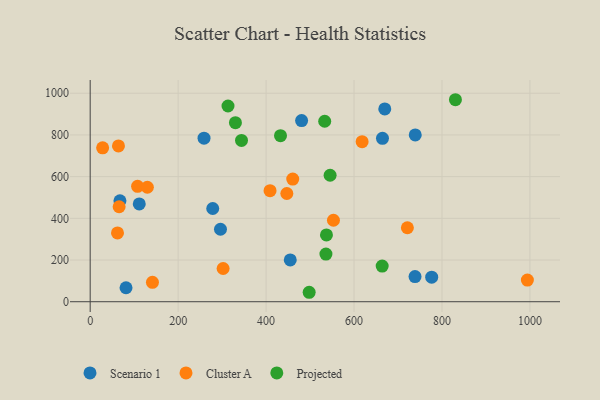
{"axis": {"x": "Distance", "y": "Salary"}, "legend": ["Cluster A", "Projected", "Scenario 1"], "data": [{"x": "81.5", "y": 67.0, "type": "Scenario 1"}, {"x": "480.8", "y": 868.8, "type": "Scenario 1"}, {"x": "111.6", "y": 469.3, "type": "Scenario 1"}, {"x": "739.2", "y": 799.9, "type": "Scenario 1"}, {"x": "669.9", "y": 924.8, "type": "Scenario 1"}, {"x": "738.7", "y": 120.8, "type": "Scenario 1"}, {"x": "258.9", "y": 784.6, "type": "Scenario 1"}, {"x": "278.7", "y": 447.2, "type": "Scenario 1"}, {"x": "67.7", "y": 484.0, "type": "Scenario 1"}, {"x": "455.0", "y": 200.4, "type": "Scenario 1"}, {"x": "664.7", "y": 783.9, "type": "Scenario 1"}, {"x": "296.3", "y": 347.7, "type": "Scenario 1"}, {"x": "776.6", "y": 117.9, "type": "Scenario 1"}, {"x": "65.8", "y": 455.6, "type": "Cluster A"}, {"x": "618.4", "y": 767.8, "type": "Cluster A"}, {"x": "64.3", "y": 747.3, "type": "Cluster A"}, {"x": "62.1", "y": 330.2, "type": "Cluster A"}, {"x": "553.2", "y": 390.9, "type": "Cluster A"}, {"x": "460.6", "y": 588.2, "type": "Cluster A"}, {"x": "994.2", "y": 103.9, "type": "Cluster A"}, {"x": "28.3", "y": 738.2, "type": "Cluster A"}, {"x": "107.8", "y": 553.7, "type": "Cluster A"}, {"x": "302.3", "y": 159.3, "type": "Cluster A"}, {"x": "409.0", "y": 532.7, "type": "Cluster A"}, {"x": "130.0", "y": 549.1, "type": "Cluster A"}, {"x": "141.6", "y": 93.1, "type": "Cluster A"}, {"x": "447.2", "y": 519.2, "type": "Cluster A"}, {"x": "721.3", "y": 354.9, "type": "Cluster A"}, {"x": "533.3", "y": 865.6, "type": "Projected"}, {"x": "330.3", "y": 858.8, "type": "Projected"}, {"x": "664.0", "y": 171.2, "type": "Projected"}, {"x": "830.6", "y": 968.9, "type": "Projected"}, {"x": "313.4", "y": 938.9, "type": "Projected"}, {"x": "536.1", "y": 228.3, "type": "Projected"}, {"x": "498.0", "y": 45.3, "type": "Projected"}, {"x": "432.8", "y": 796.5, "type": "Projected"}, {"x": "537.3", "y": 320.6, "type": "Projected"}, {"x": "344.1", "y": 773.9, "type": "Projected"}, {"x": "545.6", "y": 606.6, "type": "Projected"}]}